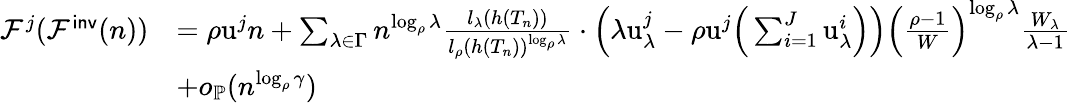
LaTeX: \begin{array}{rl}{\mathcal{F}^{j}(\mathcal{F}^{\mathsf{inv}}(n))}&{=\rho\mathrm{u}^{j}n+\sum_{\lambda\in\Gamma}n^{\log_{\rho}\lambda}\frac{l_{\lambda}(h(T_{n}))}{l_{\rho}(h(T_{n}))^{\log_{\rho}\lambda}}\cdot\Big(\lambda\mathrm{u}_{\lambda}^{j}-\rho\mathrm u^{j}\Big(\sum_{i=1}^{J}\mathrm{u}_{\lambda}^{i}\Big)\Big)\Big(\frac{\rho-1}{W}\Big)^{\log_{\rho}\lambda}\frac{W_{\lambda}}{\lambda-1}}\\ &{+o_{\mathbb{P}}(n^{\log_{\rho}\gamma})}\end{array}